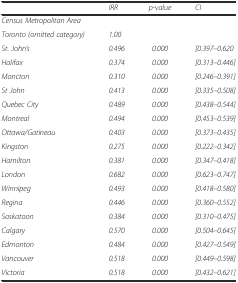
<table><thead><tr><td></td><td><b><i>IRR</i></b></td><td><b><i>p-value</i></b></td><td><b><i>CI</i></b></td></tr></thead><tbody><tr><td><i>Census Metropolitan Area</i></td><td></td><td></td><td></td></tr><tr><td><i>Toronto (omitted category)</i></td><td><i>1.00</i></td><td></td><td></td></tr><tr><td><i>St. John’s</i></td><td><i>0.496</i></td><td><i>0.000</i></td><td><i>[0.397–0.620</i></td></tr><tr><td><i>Halifax</i></td><td><i>0.374</i></td><td><i>0.000</i></td><td><i>[0.313–0.446]</i></td></tr><tr><td><i>Moncton</i></td><td><i>0.310</i></td><td><i>0.000</i></td><td><i>[0.246–0.391]</i></td></tr><tr><td><i>St John</i></td><td><i>0.413</i></td><td><i>0.000</i></td><td><i>[0.335–0.508]</i></td></tr><tr><td><i>Quebec City</i></td><td><i>0.489</i></td><td><i>0.000</i></td><td><i>[0.438–0.544]</i></td></tr><tr><td><i>Montreal</i></td><td><i>0.494</i></td><td><i>0.000</i></td><td><i>[0.453–0.539]</i></td></tr><tr><td><i>Ottawa/Gatineau</i></td><td><i>0.403</i></td><td><i>0.000</i></td><td><i>[0.373–0.435]</i></td></tr><tr><td><i>Kingston</i></td><td><i>0.275</i></td><td><i>0.000</i></td><td><i>[0.222–0.342]</i></td></tr><tr><td><i>Hamilton</i></td><td><i>0.381</i></td><td><i>0.000</i></td><td><i>[0.347–0.418]</i></td></tr><tr><td><i>London</i></td><td><i>0.682</i></td><td><i>0.000</i></td><td><i>[0.623–0.747]</i></td></tr><tr><td><i>Winnipeg</i></td><td><i>0.493</i></td><td><i>0.000</i></td><td><i>[0.418–0.580]</i></td></tr><tr><td><i>Regina</i></td><td><i>0.446</i></td><td><i>0.000</i></td><td><i>[0.360–0.552]</i></td></tr><tr><td><i>Saskatoon</i></td><td><i>0.384</i></td><td><i>0.000</i></td><td><i>[0.310–0.475]</i></td></tr><tr><td><i>Calgary</i></td><td><i>0.570</i></td><td><i>0.000</i></td><td><i>[0.504–0.645]</i></td></tr><tr><td><i>Edmonton</i></td><td><i>0.484</i></td><td><i>0.000</i></td><td><i>[0.427–0.549]</i></td></tr><tr><td><i>Vancouver</i></td><td><i>0.518</i></td><td><i>0.000</i></td><td><i>[0.449–0.598]</i></td></tr><tr><td><i>Victoria</i></td><td><i>0.518</i></td><td><i>0.000</i></td><td><i>[0.432–0.621]</i></td></tr></tbody></table>